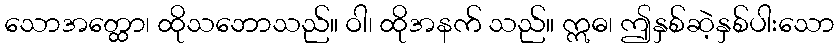
သောအတ္ထော၊ ထိုသဘောသည်။ ဝါ၊ ထိုအနက် သည်။ ဣဓ၊ ဤနှစ်ဆဲ့နှစ်ပါးသော